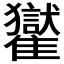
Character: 𩁓